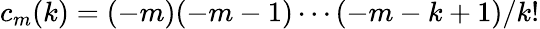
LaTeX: c_{m}(k)=(-m)(-m-1)\cdots(-m-k+1)/k!